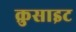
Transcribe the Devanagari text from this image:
क्रुसाइट